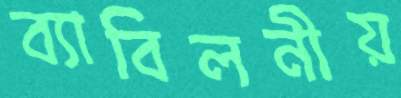
ব্যাবিলনীয়